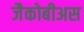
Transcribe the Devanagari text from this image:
जैकोबीअस